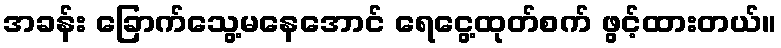
အခန်း ခြောက်သွေ့မနေအောင် ရေငွေ့ထုတ်စက် ဖွင့်ထားတယ်။